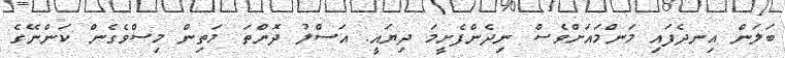
ބަލަން އިނދެފައި މަންމައަށްވެސް ނިދެންފެށީމަ ދިޔައީ. އަސްލު ދޮންތަ މަތިން މިސްވެގެން ކަންނޭގެ